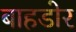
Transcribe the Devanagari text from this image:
बाहडोर